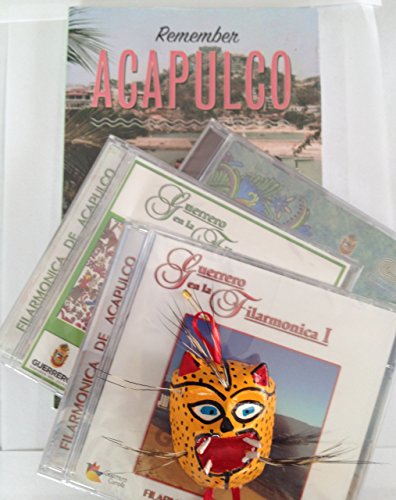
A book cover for Remember Acapulco; Guadalupe Loaeza; Travel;